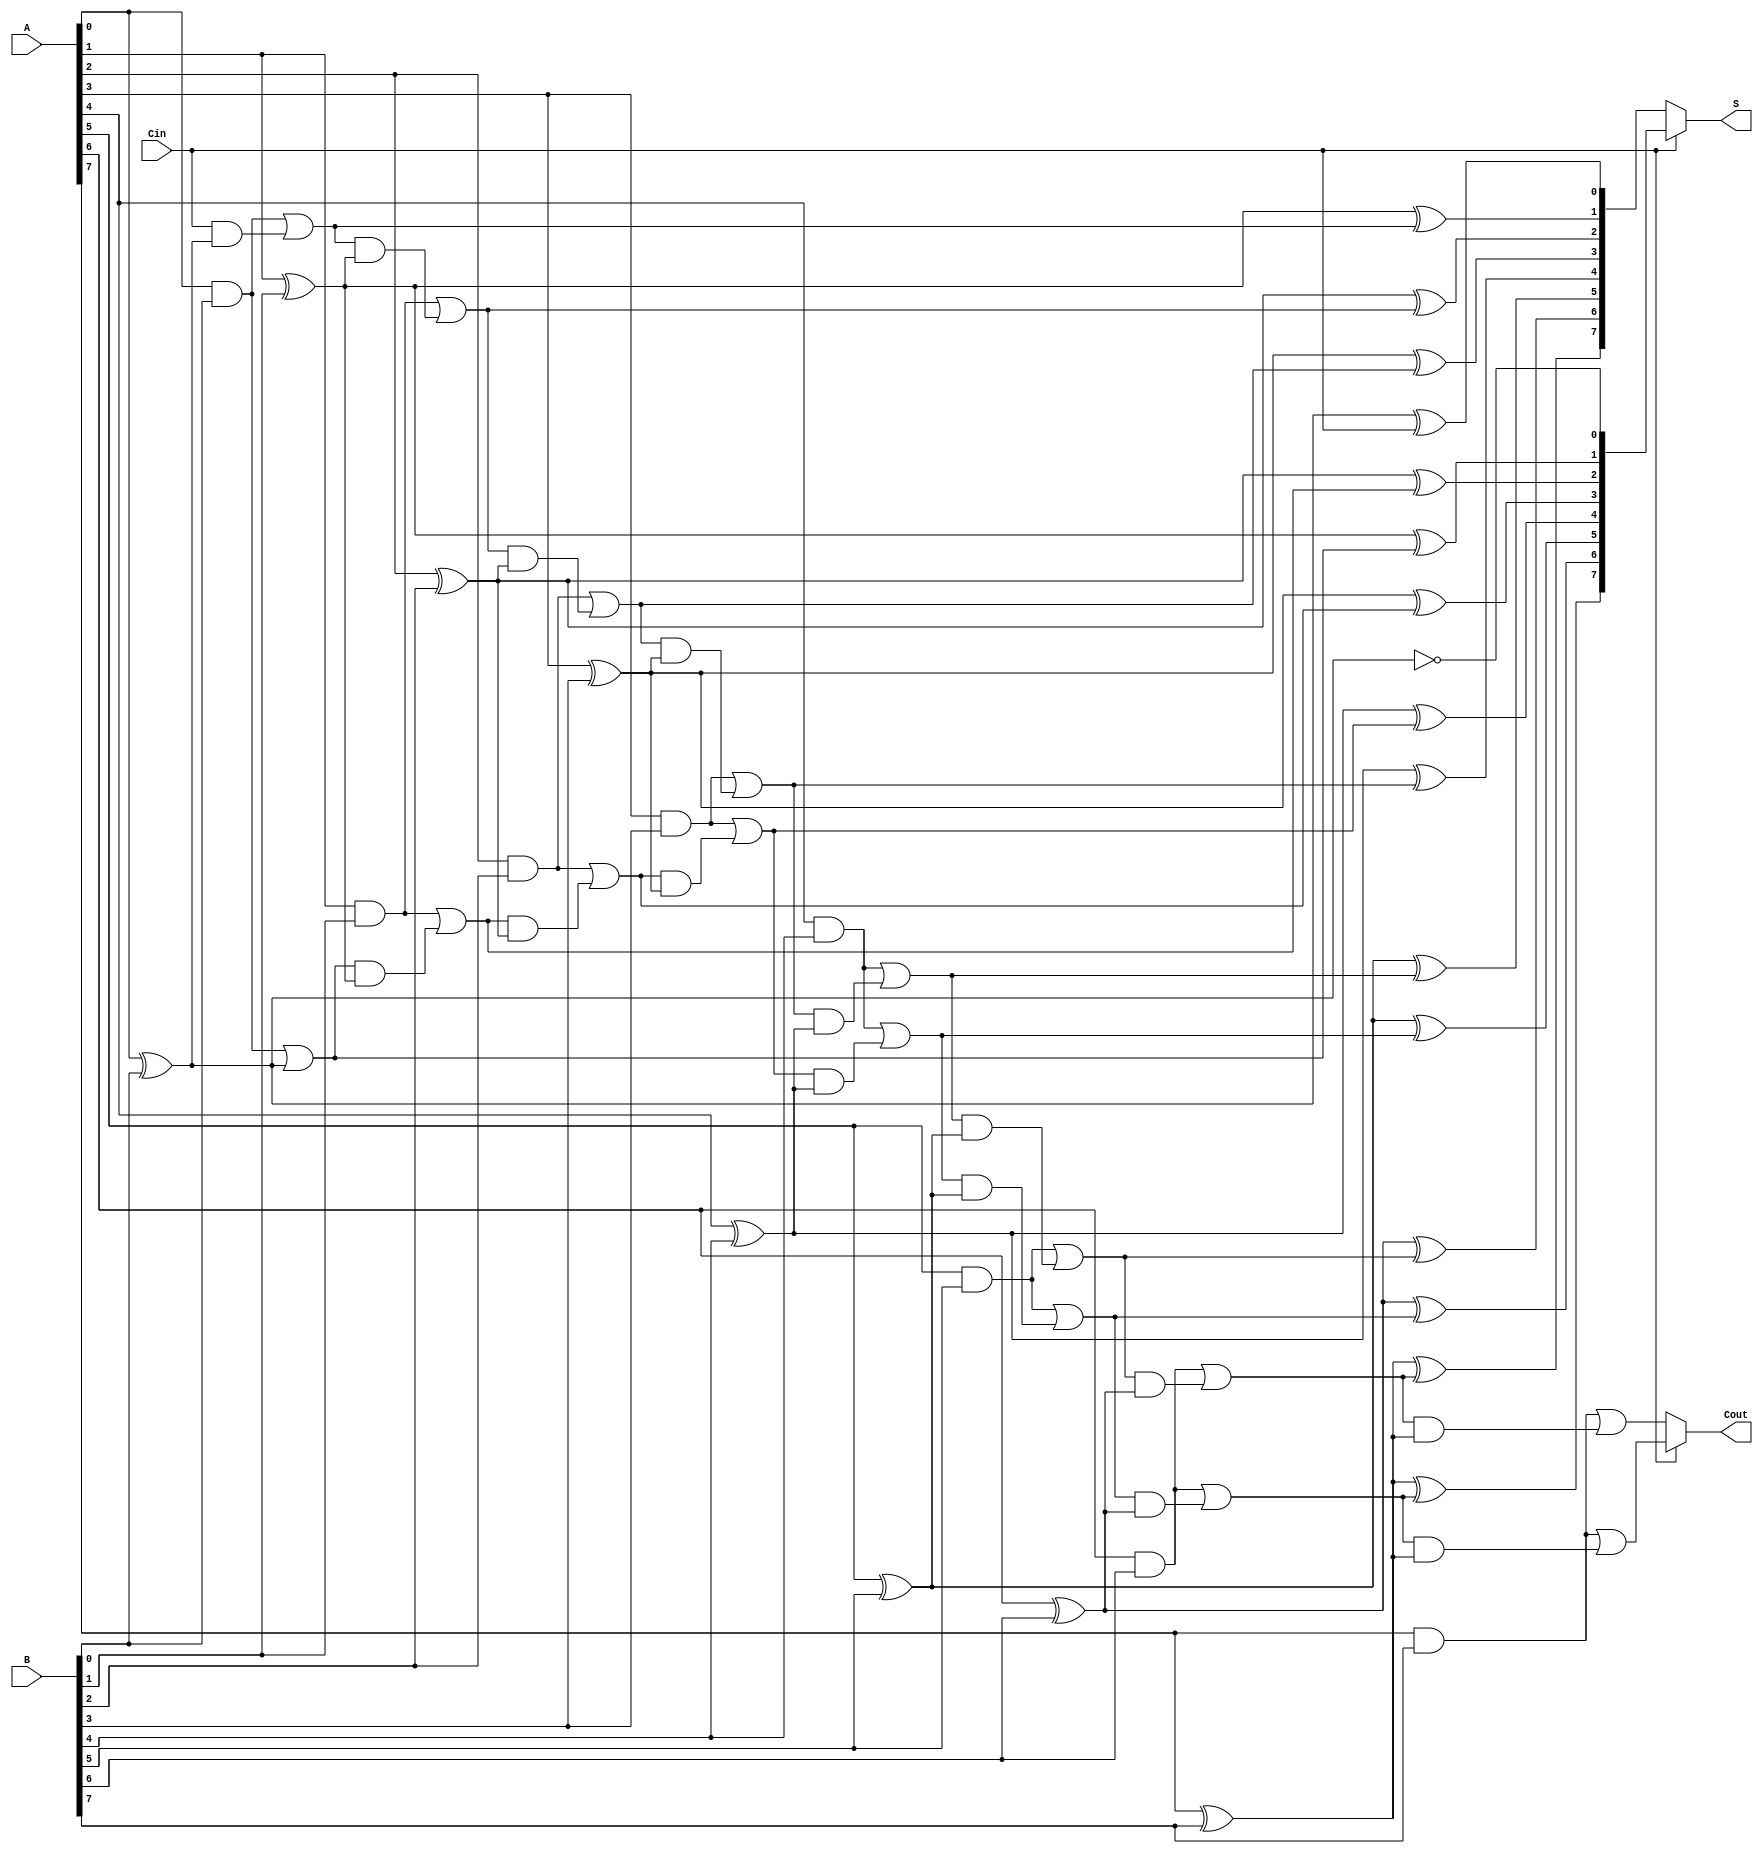
module CCSA #(parameter N = 8) (
    input  wire [N-1:0] A,
    input  wire [N-1:0] B,
    input  wire Cin,
    output wire [N-1:0] S,
    output wire Cout
);

    // Intermediate sums and carries for both conditions
    wire [N-1:0] S0, S1;   // Sums for Cin = 0 and Cin = 1
    wire [N-1:0] C0, C1;   // Carries for Cin = 0 and Cin = 1

    // Generate two segments
    // Segment 0
    assign S0[0] = A[0] ^ B[0] ^ Cin;
    assign C0[0] = (A[0] & B[0]) | (Cin & (A[0] ^ B[0]));

    // Segment 1 (assuming a split for 4 bits each for simplicity)
    genvar i;
    generate
        for (i = 1; i < N; i = i + 1) begin : segment
            assign S0[i] = A[i] ^ B[i] ^ C0[i-1];
            assign C0[i] = (A[i] & B[i]) | (C0[i-1] & (A[i] ^ B[i]));
        end
    endgenerate

    // Segment 0 for Cin = 1
    assign S1[0] = A[0] ^ B[0] ^ 1'b1;
    assign C1[0] = (A[0] & B[0]) | (1'b1 & (A[0] ^ B[0]));

    // Segment 1 for Cin = 1
    generate
        for (i = 1; i < N; i = i + 1) begin : segment1
            assign S1[i] = A[i] ^ B[i] ^ C1[i-1];
            assign C1[i] = (A[i] & B[i]) | (C1[i-1] & (A[i] ^ B[i]));
        end
    endgenerate

    // Final selection of sum and carry
    assign S = (Cin == 0) ? S0 : S1;
    assign Cout = (Cin == 0) ? C0[N-1] : C1[N-1];

endmodule